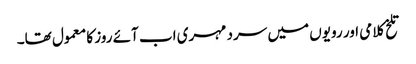
تلخ کلامی اور رویوں میں سرد مہری اب آئے روز کا معمول تھا۔